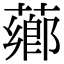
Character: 薌